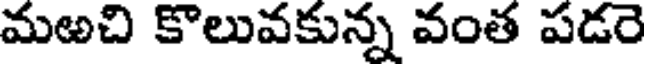
మఱచి కొలువకున్న వంత పడరె